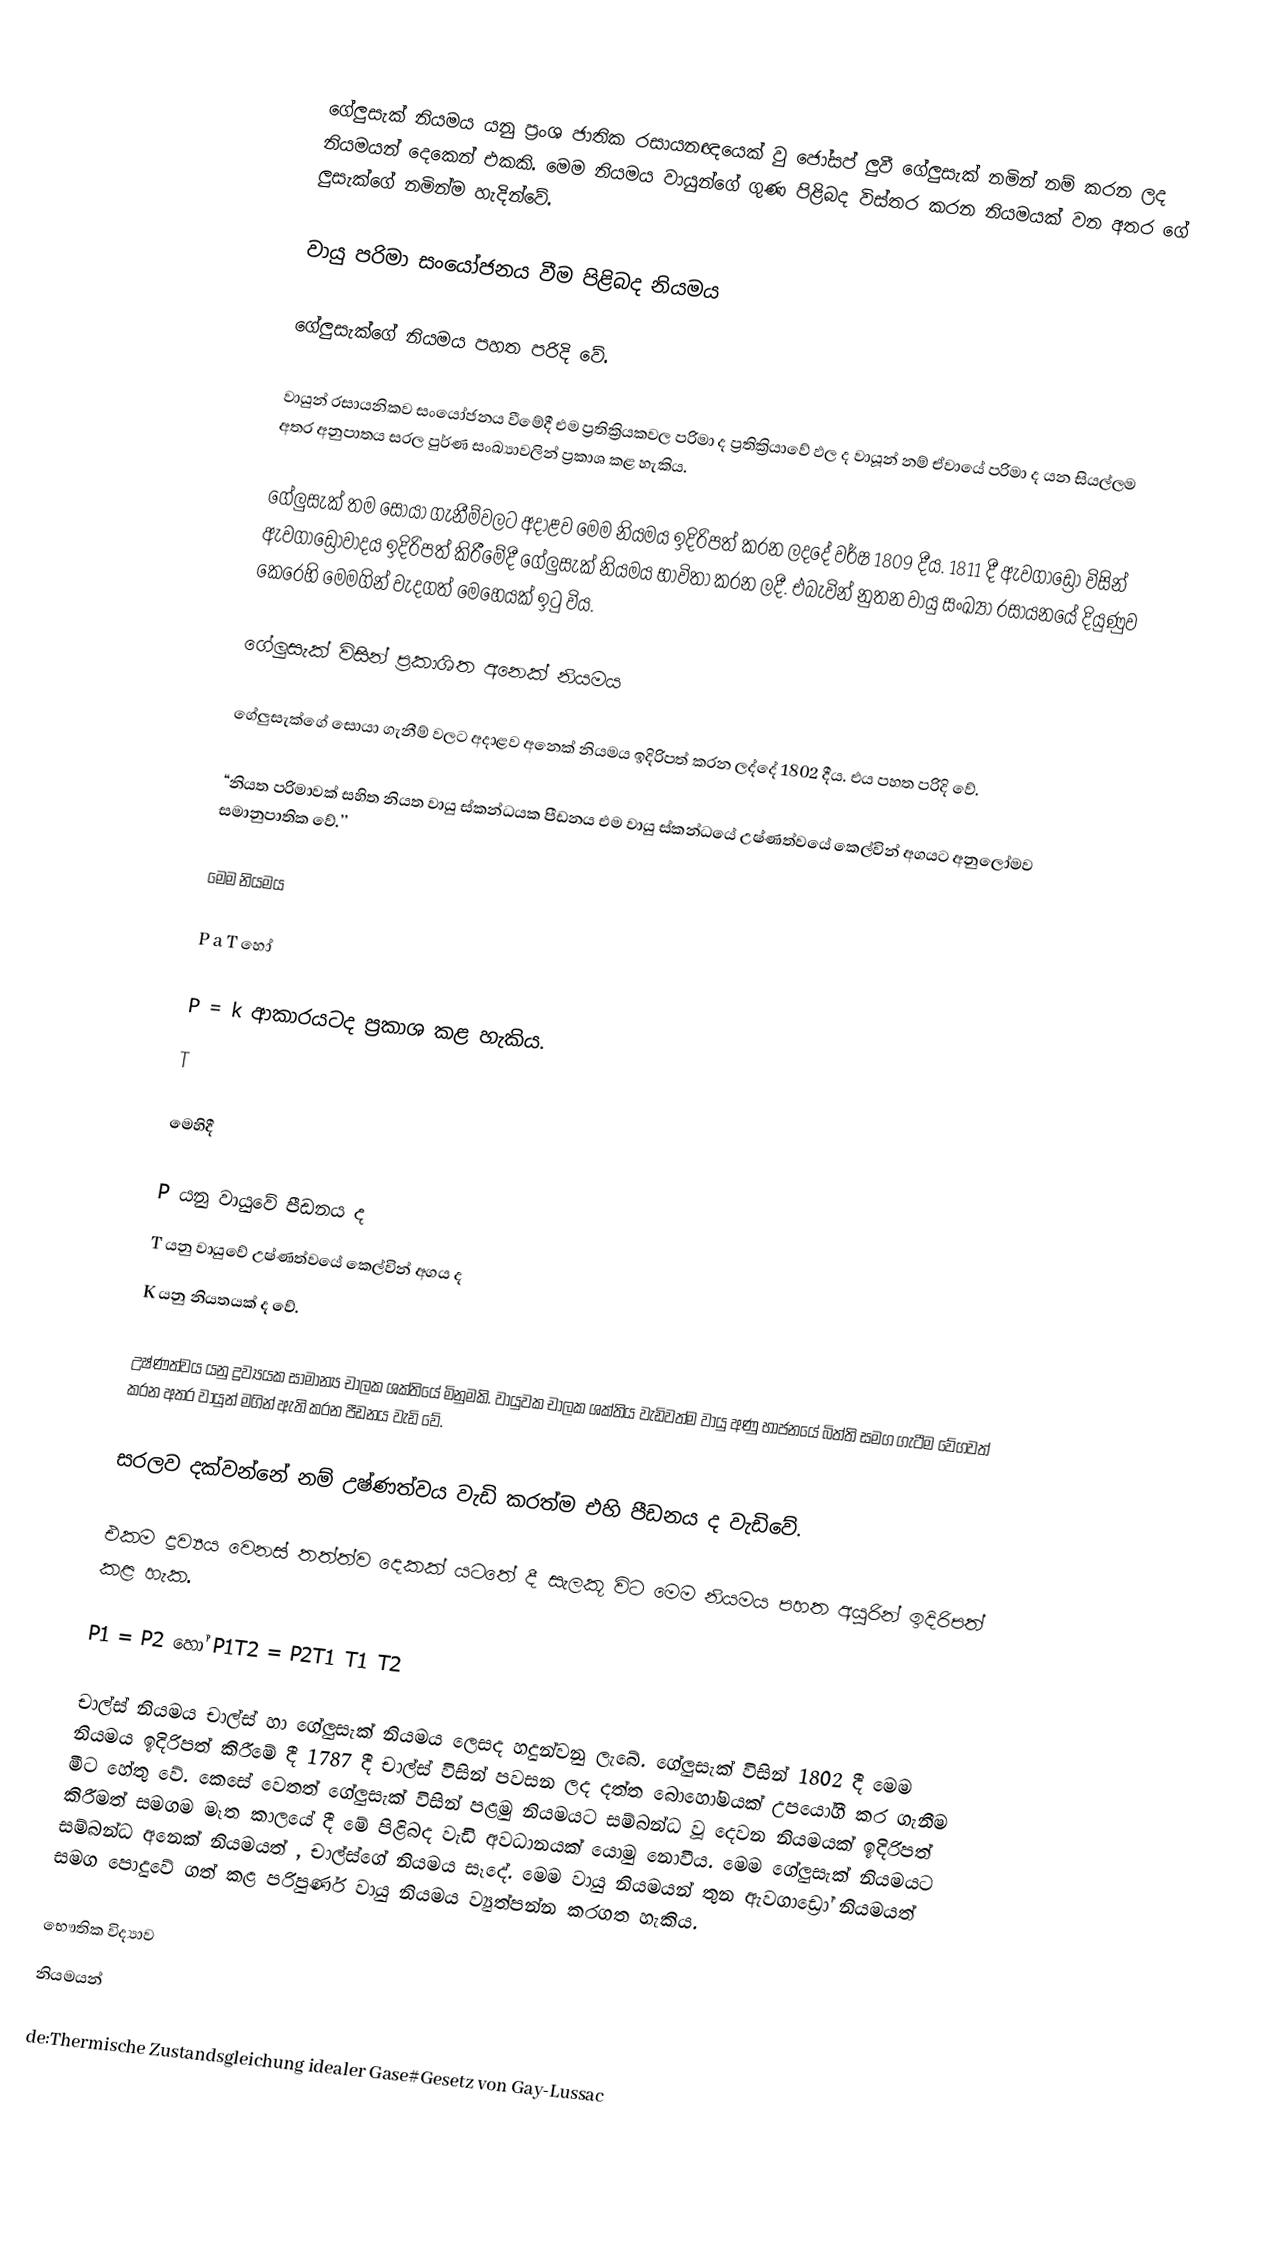
‍

ගේලුසැක් නියමය යනු ප්‍රංශ ජාතික රසායනඥයෙක් වු ජෝසප් ලුවී ගේලුසැක් නමින් නම් කරන ලද නියමයන් දෙකෙන් එකකි. මෙම නියමය වායුන්ගේ ගුණ පිළිබද විස්තර කරන නියමයක් වන අතර ගේ ලුසැක්ගේ නමින්ම හැදින්වේ.

වායු පරිමා සංයෝජනය වීම පිළිබද නියමය

ගේලුසැක්ගේ නියමය පහත පරිදි වේ.

වායුන් රසායනිකව සංයෝජනය වීමේදී එම ප්‍රතික්‍රියකවල පරිමා ද ප්‍රතික්‍රියාවේ ඵල ද වායූන් නම් ඒවායේ පරිමා ද යන සියල්ලම අතර අනුපාතය සරල පුර්ණ සංඛ්‍යාවලින් ප්‍රකාශ කළ හැකිය.

ගේලුසැක් තම සොයා ගැනීම්වලට අදාළව මෙම නියමය ඉදිරිපත් කරන ලදදේ වර්ෂ 1809 දීය.  1811 දී ඇවගාඩ්‍රෝ විසින් ඇවගාඩ්‍රෝවාදය ඉදිරිපත් කිරීමේදී ගේලුසැක් නියමය භාවිතා කරන ලදී. එබැවින් නුතන වායු සංඛ්‍යා රසායනයේ දියුණුව කෙරෙහි මෙමගින් වැදගත් මෙහෙයක් ඉටු විය.

ගේලුසැක් විසින් ප්‍රකාශිත අනෙක් නියමය

ගේලුසැක්ගේ සොයා ගැනීම් වලට අදාළව අනෙක් නියමය ඉදිරිපත් කරන  ලද්දේ 1802 දීය. එය පහත පරිදි වේ.

“නියත පරිමාවක් සහිත නියත වායු ස්කන්ධයක පීඩනය එම වායු ස්කන්ධයේ උෂ්ණත්වයේ කෙල්වින් අගයට අනුලෝමව සමානුපාතික වේ.’’

මෙම නියමය

P  a  T  හෝ

P   =  k   ආකාරයටද ප්‍රකාශ කළ හැකිය.
T

මෙහිදී

P  යනු වායුවේ පීඩනය ද
T  යනු වායුවේ උෂ්ණත්වයේ කෙල්වින් අගය ද
K  යනු නියතයක් ද වේ.

උෂ්ණත්වය යනු ද්‍රව්‍යයක සාමාන්‍ය චාලක ශක්තියේ මිනුමකි. වායුවක චාලක ශක්තිය වැඩිවත්ම වායු අණු භාජනයේ බිත්ති සමග ගැටීම වේගවත් කරන අතර  වායුන් මගින්    ඇති කරන පීඩනය වැඩි වේ.

සරලව දක්වන්නේ නම් උෂ්ණත්වය වැඩි කරත්ම එහි පීඩනය ද වැඩිවේ.

එකම ද්‍රව්‍යය වෙනස් තත්ත්ව දෙකක් යටතේ දී සැලකූ විට මෙම නියමය පහත අයුරින් ඉදිරිපත් කළ හැක.

P1  =	P2 හෝ P1T2 = P2T1 T1 T2

චාල්ස් නියමය චාල්ස් හා ගේලුසැක් නියමය ලෙසද හදුන්වනු ලැබේ. ගේලුසැක් විසින් 1802 දී  මෙම නියමය ඉදිරිපත් කිරීමේ දී 1787 දී චාල්ස් විසින් පවසන ලද දත්ත බොහෝමයක් උපයෝගී කර ගැනීම මීට හේතු වේ. කෙසේ වෙතත් ගේලුසැක් විසින් පළමු නියමයට සම්බන්ධ වූ දෙවන නියමයක් ඉදිරිපත් කිරීමත් සමගම මෑත කාලයේ දී මේ පිළිබද වැඩි අවධානයක් යොමු නොවීය. මෙම ගේලුසැක් නියමයට සම්බන්ධ අනෙක් නියමයත් , චාල්ස්ගේ නියමය සෑදේ. මෙම වායු නියමයන් තුන ඇවගාඩ්‍රෝ නියමයත් සමග පොදුවේ ගත් කළ පරිපුර්ණ වායු නියමය ව්‍යුත්පන්න කරගත හැකිය.

භෞතික විද්‍යාව
නියමයන්

de:Thermische Zustandsgleichung idealer Gase#Gesetz von Gay-Lussac